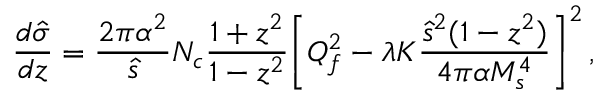
{ \frac { d \hat { \sigma } } { d z } } = { \frac { 2 \pi \alpha ^ { 2 } } { \hat { s } } } N _ { c } { \frac { 1 + z ^ { 2 } } { 1 - z ^ { 2 } } } \biggl [ Q _ { f } ^ { 2 } - \lambda K { \frac { \hat { s } ^ { 2 } ( 1 - z ^ { 2 } ) } { 4 \pi \alpha M _ { s } ^ { 4 } } } \biggr ] ^ { 2 } \, ,